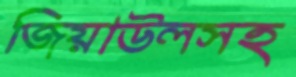
জিয়াউলসহ